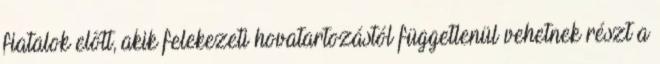
fiatalok előtt, akik felekezeti hovatartozástól függetlenül vehetnek részt a